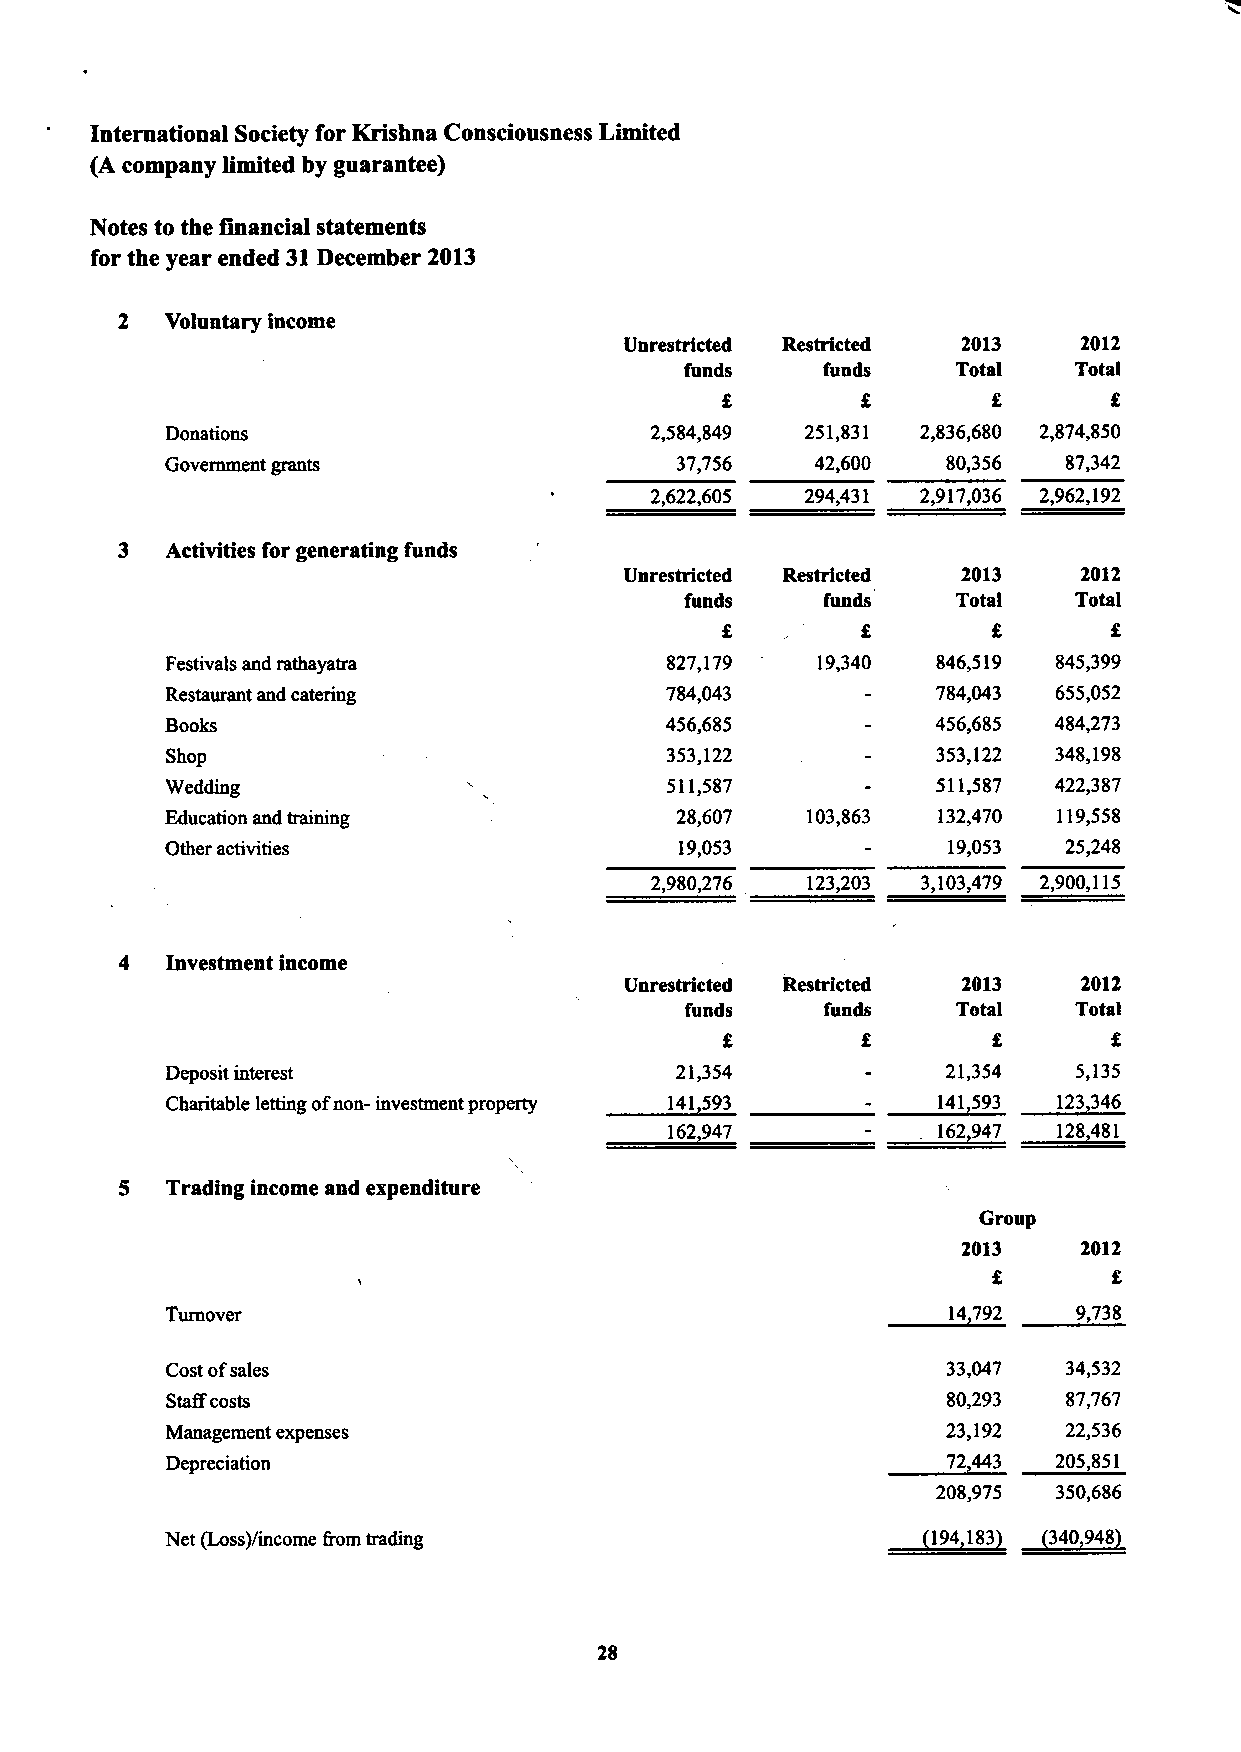
International Society for Krishna Consciousness Limited
 (A company limited by guarantee)
 Notes to the 6aancial statements
 for the year ended 31December 2013
 2  Voluntary income
 Unrestricted Restricted 2013   2012
 funds     funds   Total   Total
 f,
 Donations                       2,584,849 251,831 2,836,680 2,874,850
 Government grants                 37,756   42,600   80,356  87,342
 2,622,605 294,431 2,917,036 2,962,192
 3  Activities for generating funds
 Unrestricted Restricted 2013   2012
 funds     funds   Total   Total
 Festivals and rathayatra         827,179   19,340  846,519 845,399
 Restaurant and catering          784,043           784,043 655,052
 Books                            456,685           456,685 484,273
 Shop                             353,122           353,122 348,198
 Wedding                          511,587           511,587 422,387
 Education and training            28,607  103,863  132,470 119,558
 Other activities                  19,053            19,053  25,248
 2,980,276 123,203 3,103,479 2,900,115
 4  Investment income
 Unrestricted Restricted 2013   2012
 funds     funds   Total   Total
 f
 Deposit interest                  21,354            21,354  5,135
 Charitable letting ofnon- investment property 141593 141593 123346
 162947            162947  128481
 5  Trading income and expenditure
 Group
 2013    2012
 f,
 Turnover                                            14792   9,738
 Cost ofsales                                        33,047  34,532
 Sta6costs                                           80,293  87,767
 Management expenses                                 23,192  22,536
 Depreciation                                        72443  205,851
 208,975 350,686
 ~194
 Net (Loss)/income trom trading                       183 ~340 948
 2$